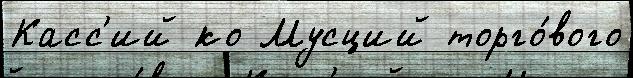
Касс'ий ко Мусций торго́вого